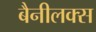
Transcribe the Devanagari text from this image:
बैनीलक्स